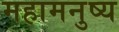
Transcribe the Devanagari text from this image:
महामनुष्य